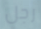
رجل